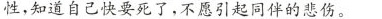
性，知道自己快要死了，不愿引起同伴的悲伤。